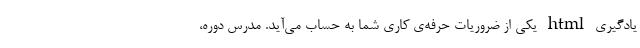
یادگیری html یکی از ضروریات حرفه‌ی کاری شما به حساب می‌آید. مدرس دوره،